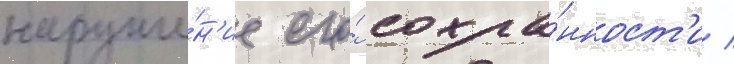
наруше́н'ие его́ сохра́нност'и /